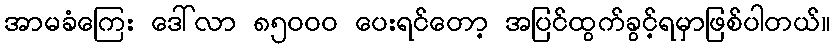
အာမခံကြေး ဒေါ်လာ ၈၅၀၀၀ ပေးရင်တော့ အပြင်ထွက်ခွင့်ရမှာဖြစ်ပါတယ်။